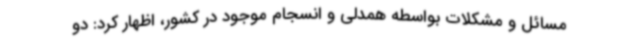
مسائل و مشکلات بواسطه همدلی و انسجام موجود در کشور، اظهار کرد: دو